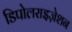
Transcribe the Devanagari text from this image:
डिपोलराइज़ेशन